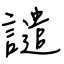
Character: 譴